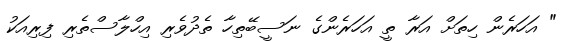
" އަހަރެން ހިތަށް އަރާ ތީ އަހަރެންގެ ނަސީބޭތިހާ ތެދުވެރި އިހްލާސްތެރި ފިރިއަކު